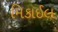
મિકાઈલ